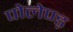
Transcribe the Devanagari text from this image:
पोलेण्ड़